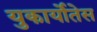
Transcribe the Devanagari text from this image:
युकार्योतेस